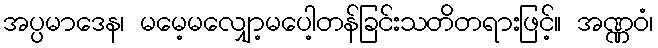
အပ္ပမာဒေန၊ မမေ့မလျှော့မပေါ့တန်ခြင်းသတိတရားဖြင့်။ အဏ္ဏဝံ၊